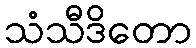
သံသီဒိတော